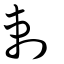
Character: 剌